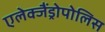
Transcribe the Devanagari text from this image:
एलेक्जैंड्रोपोलिस